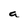
Character: a